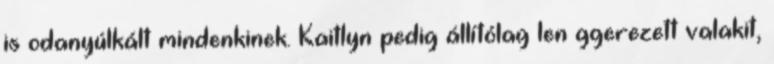
is odanyúlkált mindenkinek. Kaitlyn pedig állítólag len ggerezett valakit,